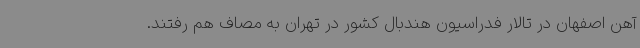
آهن اصفهان در تالار فدراسیون هندبال کشور در تهران به مصاف هم رفتند.